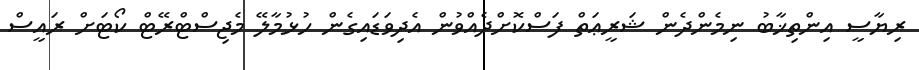
ރިޔާސީ އިންތިޚާބު ނިމެންދެން ޝަރީޢަތް ފަސްކޮށްދެއްވުން އެދިވަޑައިގެން ހުޅުމާލޭ މެޖިސްޓްރޭޓް ކޯޓަށް ރައީސް